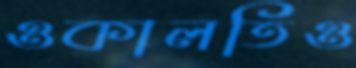
ওকালতিও